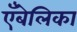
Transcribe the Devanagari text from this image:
एँबेलिका